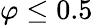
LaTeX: \varphi\leq 0.5